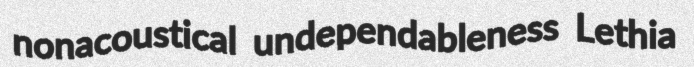
nonacoustical undependableness Lethia